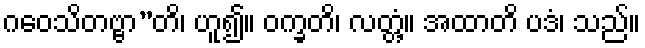
ဂဝေသိတဗ္ဗာ”တိ၊ ဟူ၍။ ဝက္ခတိ၊ လတ္တံ့။ အထာတိ ပဒံ၊ သည်။